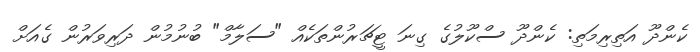
ކެންދޫ އަތިރިމަތި: ކެންދޫ ސްކޫލުގެ ގިނަ ޓީޗަރުންތަކެއް "ސަލާމް" ބުނުމުން ދަރިވަރުން ގެއަށް